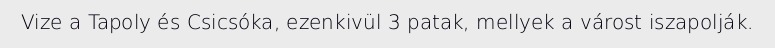
Vize a Tapoly és Csicsóka, ezenkivül 3 patak, mellyek a várost iszapolják.